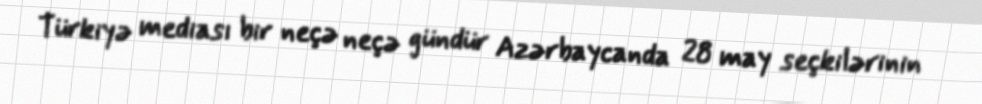
Türkiyə mediası bir neçə neçə gündür Azərbaycanda 28 may seçkilərinin